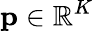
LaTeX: \mathbf{p}\in\mathbb{R}^{K}